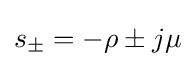
s_{\pm }=-\rho \pm j\mu